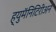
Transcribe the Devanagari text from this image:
ह्युमॅनिटिरीअन